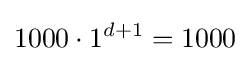
1000\cdot 1^{d+1}=1000